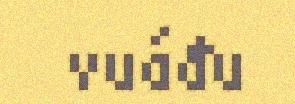
vuáđu